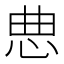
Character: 㤟